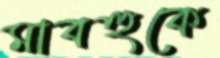
মাবহুকে